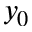
y _ { 0 }